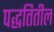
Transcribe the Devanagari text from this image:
पद्धतितील